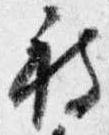
被